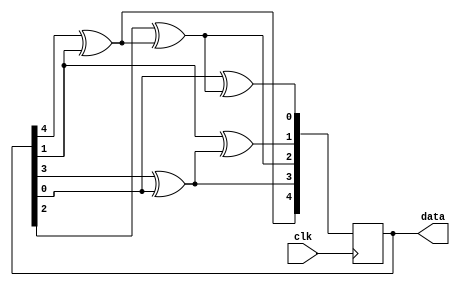
module LFSR_counter 
#(parameter BITS = 5)
(
  input             clk,
  //input             rst_n,

  output reg [4:0] data
);
reg [4:0] data_next;

initial
begin
	data <= 5'h1f;
end

always @* begin
  data_next[4] = data[4]^data[1];
  data_next[3] = data[3]^data[0];
  data_next[2] = data[2]^data_next[4];
  data_next[1] = data[1]^data_next[3];
  data_next[0] = data[0]^data_next[2];
end

always @(posedge clk /*or negedge rst_n*/) begin
 // if(!rst_n)
  //  data <= 5'h1f;
 // else
    data <= data_next;
end
endmodule